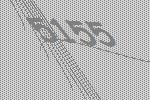
5155